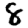
Digit: 8